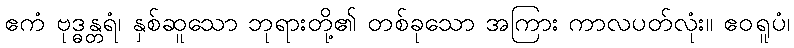
ဧကံ ဗုဒ္ဓန္တရံ၊ နှစ်ဆူသော ဘုရားတို့၏ တစ်ခုသော အကြား ကာလပတ်လုံး။ ဧဝရူပံ၊